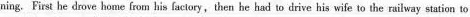
ning. First he drove home from his factory, then he had to drive his wife to the railway station to